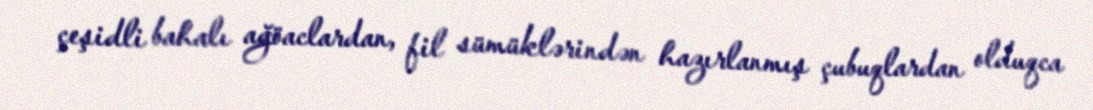
çeşidli bahalı ağöaclardan, fil sümüklərindən hazırlanmış çubuqlardan olduqca